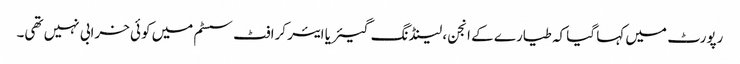
رپورٹ میں کہا گیا کہ طیارے کے انجن، لینڈنگ گیئر یا ایئر کرافٹ سسٹم میں کوئی خرابی نہیں تھی۔